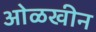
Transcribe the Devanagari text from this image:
ओळखीन